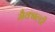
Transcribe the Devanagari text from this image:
मैक्नल्टी